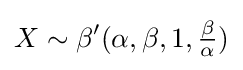
X\sim \beta '(\alpha ,\beta ,1,{\tfrac {\beta }{\alpha }})